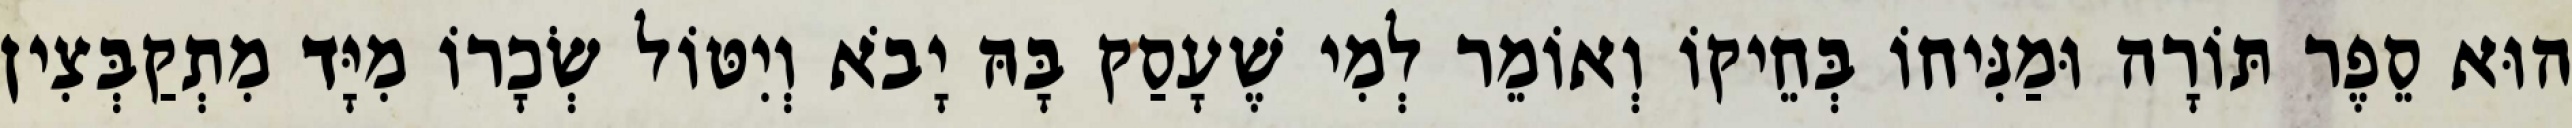
הוּא סֵפֶר תּוֹרָה וּמַנִּיחוֹ בְּחֵיקוֹ וְאוֹמֵר לְמִי שֶׁעָסַק בָּהּ יָבֹא וְיִטּוֹל שְׂכָרוֹ מִיָּד מִתְקַבְּצִין